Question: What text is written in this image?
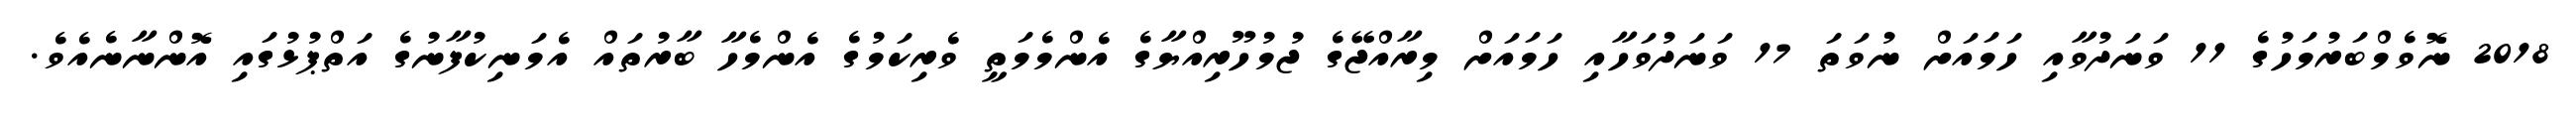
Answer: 2018 ނޮވެމްބަރުމަހުގެ 11 ވަނަދުވާއި ހަމައަށް ނުވަތަ 17 ވަނަދުވަހާއި ހަމައަށް މިރާއްޖޭގެ ޖުމުހޫރިއްޔާގެ އެންމެމަތީ ވެރިކަމުގެ އެންމެހާ ބާރުތައް އެމަނިކުފާނުގެ އަތްޕުޅުގައި އޮންނާނެއެވެ.